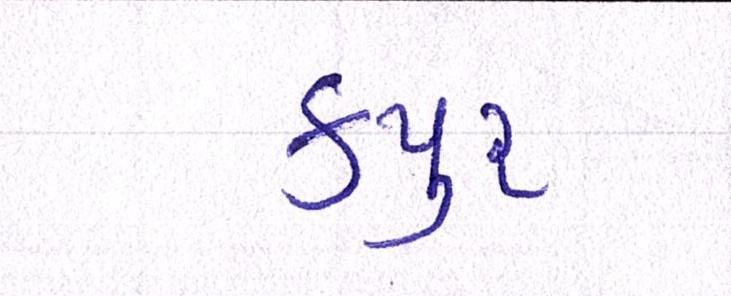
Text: કપુર